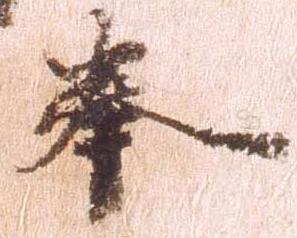
奉